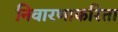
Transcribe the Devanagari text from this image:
निवारणाकरिता